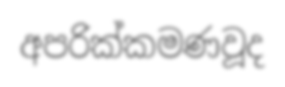
අපරික්කමණවූද